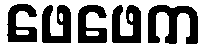
ဖေဖေက